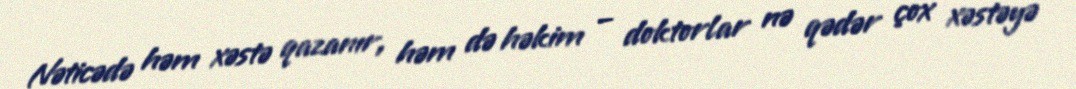
Nəticədə həm xəstə qazanır, həm də həkim – doktorlar nə qədər çox xəstəyə